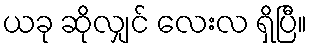
ယခု ဆိုလျှင် လေးလ ရှိပြီ။